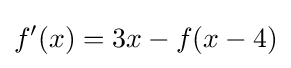
f'(x)=3x-f(x-4)